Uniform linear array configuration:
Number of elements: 24
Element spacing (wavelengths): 1
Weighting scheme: binomial
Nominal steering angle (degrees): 60
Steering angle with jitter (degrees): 61.328
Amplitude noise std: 0.05
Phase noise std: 0.05

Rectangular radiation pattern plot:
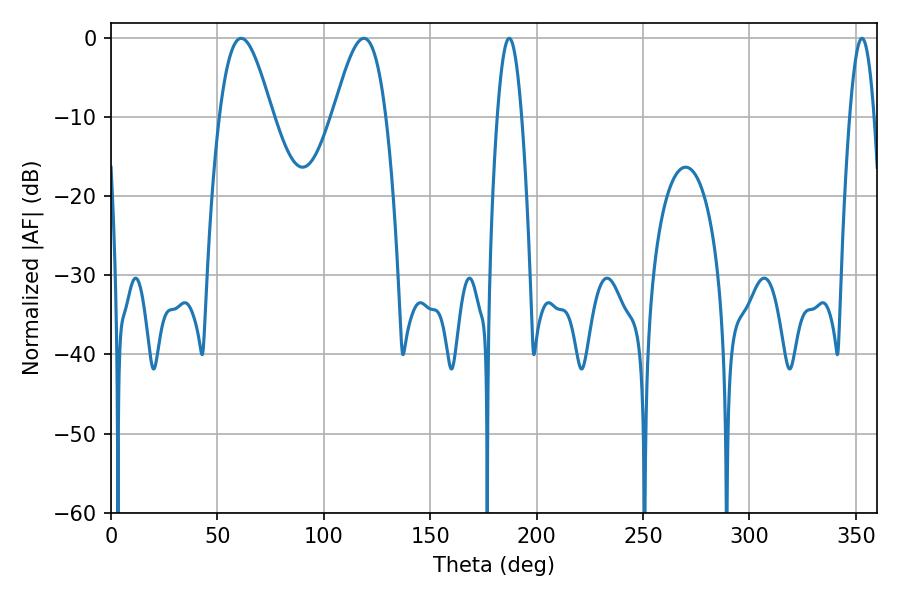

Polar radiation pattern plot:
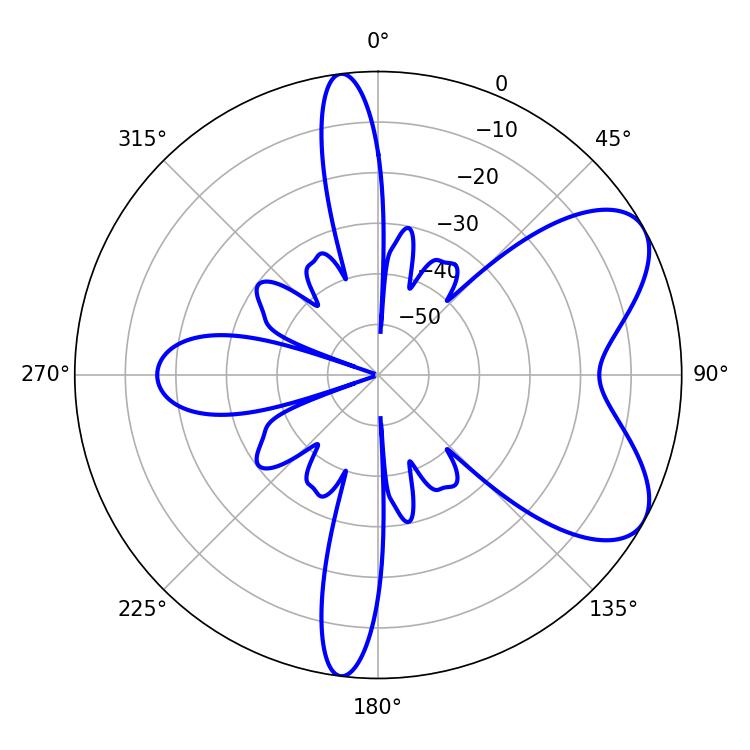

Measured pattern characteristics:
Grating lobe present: TRUE
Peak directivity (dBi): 6.729
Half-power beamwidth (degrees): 13.32
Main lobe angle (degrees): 61.2